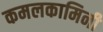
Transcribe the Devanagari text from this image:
कमलकामिनी